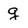
Character: g